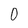
Character: 0